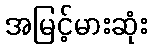
အမြင့်မားဆုံး